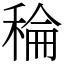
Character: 稐